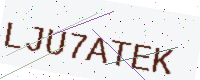
Text: LJU7ATEK